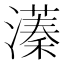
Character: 𬉔